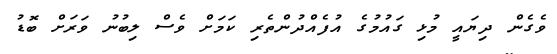
ވެގެން ދިޔައީ މުޅި ގައުމުގެ އުފެއްދުންތެރި ކަމަށް ވެސް ލިބުނު ވަރަށް ބޮޑު